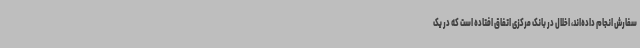
سفارش انجام داده‌اند، اخلال در بانک مرکزی اتفاق افتاده است که در یک